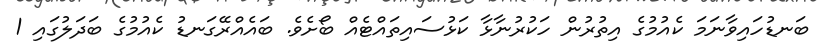
ބަނޑުހައިވާނަމަ ކެއުމުގެ އިތުރުން ހަކުރުނާޅާ ކަޅުސައިތައްޓެއް ބޯށެވެ. ބައެއްރޭގަނޑު ކެއުމުގެ ބަދަލުގައި 1